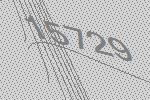
15729